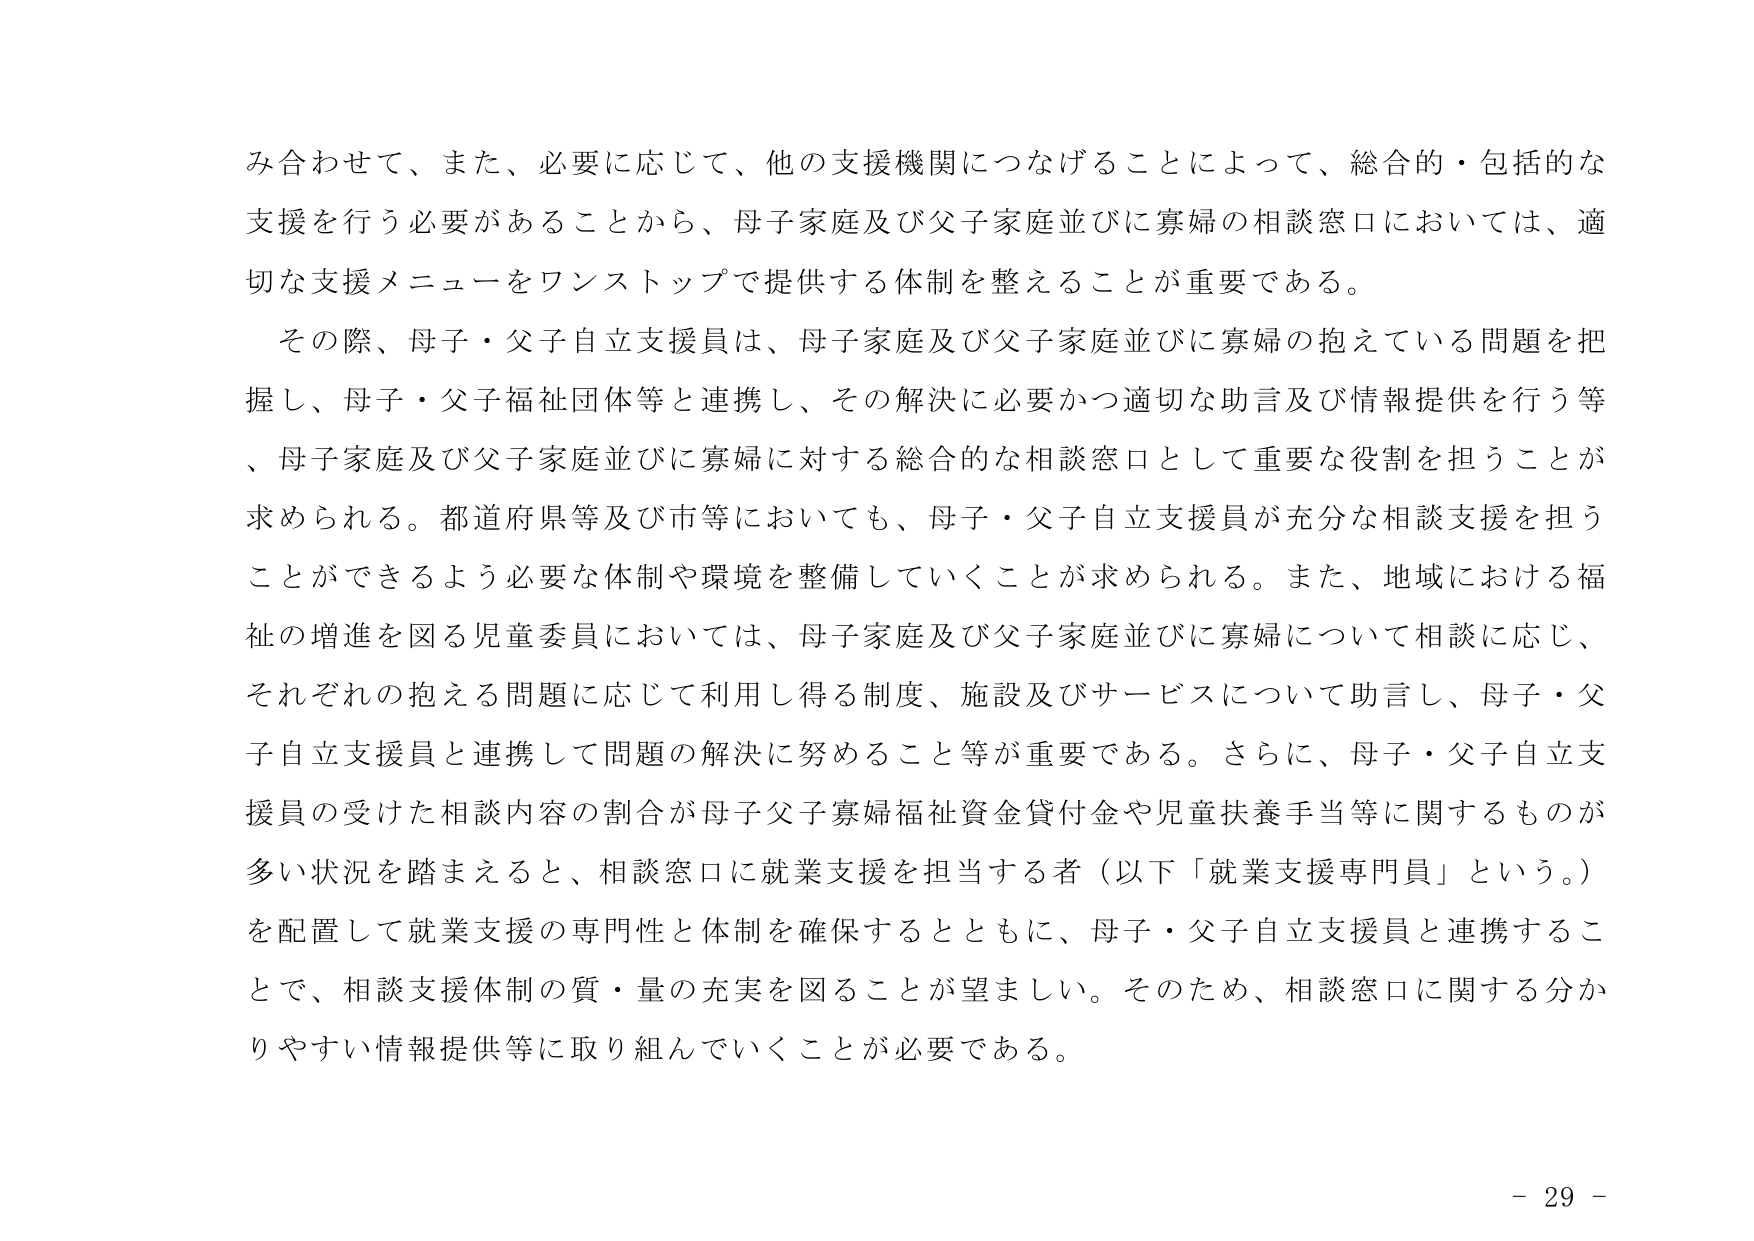
み合わせて、また、必要に応じて、他の支援機関につなげることによって、総合的・包括的な支援を行う必要があることから、母子家庭及び父子家庭並びに寡婦の相談窓口においては、適切な支援メニューをワンストップで提供する体制を整えることが重要である。

その際、母子・父子自立支援員は、母子家庭及び父子家庭並びに寡婦の抱えている問題を把握し、母子・父子福祉団体等と連携し、その解決に必要かつ適切な助言及び情報提供を行う等、母子家庭及び父子家庭並びに寡婦に対する総合的な相談窓口として重要な役割を担うことが求められる。都道府県等及び市等においても、母子・父子自立支援員が充分な相談支援を担うことができるよう必要な体制や環境を整備していくことが求められる。また、地域における福祉の増進を図る児童委員においては、母子家庭及び父子家庭並びに寡婦について相談に応じ、それぞれの抱える問題に応じて利用し得る制度、施設及びサービスについて助言し、母子・父子自立支援員と連携して問題の解決に努めること等が重要である。さらに、母子・父子自立支援員の受けた相談内容の割合が母子父子寡婦福祉資金貸付金や児童扶養手当等に関するものが多い状況を踏まえると、相談窓口に就業支援を担当する者（以下「就業支援専門員」という。）を配置して就業支援の専門性と体制を確保するとともに、母子・父子自立支援員と連携することで、相談支援体制の質・量の充実を図ることが望ましい。そのため、相談窓口に関する分かりやすい情報提供等に取り組んでいくことが必要である。

- 29 -